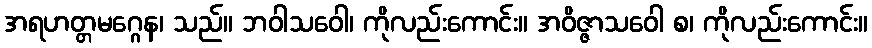
အရဟတ္တမဂ္ဂေန၊ သည်။ ဘဝါသဝေါ၊ ကိုလည်းကောင်း။ အဝိဇ္ဇာသဝေါ စ၊ ကိုလည်းကောင်း။